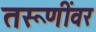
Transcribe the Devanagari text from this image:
तरूणींवर